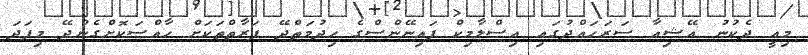
މިއީ ދެކުނު އޭޝިއާ ސަރަހައްދުގައި އިސްލާމިކް ފައިނޭންސްގެ ހިދުމަތްދޭ ފަރާތްތަކަށް ހާއްސަކޮށްގެންދޭ މިފަދަ